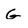
Character: G